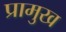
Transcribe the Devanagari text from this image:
प्रामुख